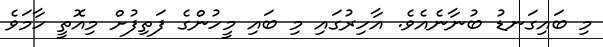
މި ބައިގަނޑު ބުނާނެއެވެ. އާހިރުގައި މި ބައި މީހުންގެ ފަތިފުށް މިއޮތީ ހާމަވެ